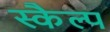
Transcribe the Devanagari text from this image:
स्कैल्प